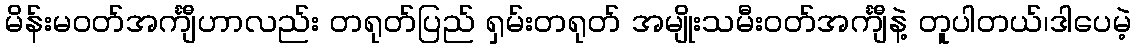
မိန်းမဝတ်အင်္ကျီဟာလည်း တရုတ်ပြည် ရှမ်းတရုတ် အမျိုးသမီးဝတ်အင်္ကျီနဲ့ တူပါတယ်၊ဒါပေမဲ့